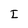
Character: I